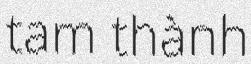
tam thành